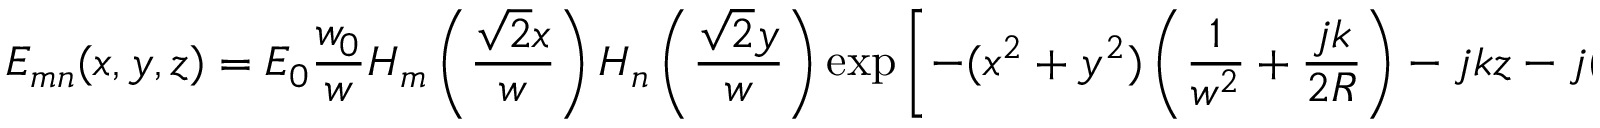
E _ { m n } ( x , y , z ) = E _ { 0 } { \frac { w _ { 0 } } { w } } H _ { m } \left( { \frac { { \sqrt { 2 } } x } { w } } \right) H _ { n } \left( { \frac { { \sqrt { 2 } } y } { w } } \right) \exp \left[ - ( x ^ { 2 } + y ^ { 2 } ) \left( { \frac { 1 } { w ^ { 2 } } } + { \frac { j k } { 2 R } } \right) - j k z - j ( m + n + 1 ) \zeta \right]